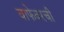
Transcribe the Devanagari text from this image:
वाफेवरची